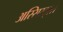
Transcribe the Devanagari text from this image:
अस्सिस्ट्स।